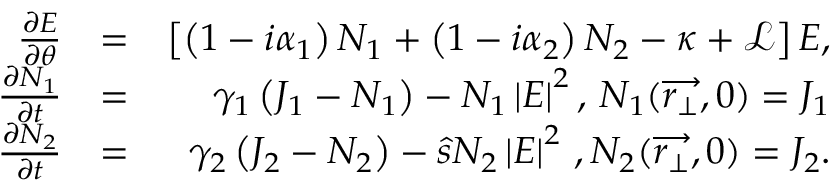
\begin{array} { r l r } { \frac { \partial E } { \partial \theta } } & { = } & { \left[ \left( 1 - i \alpha _ { 1 } \right) N _ { 1 } + \left( 1 - i \alpha _ { 2 } \right) N _ { 2 } - \kappa + \mathcal { L } \right] E , } \\ { \frac { \partial N _ { 1 } } { \partial t } } & { = } & { \gamma _ { 1 } \left( J _ { 1 } - N _ { 1 } \right) - N _ { 1 } \left| E \right| ^ { 2 } , \, N _ { 1 } ( \overrightarrow { r _ { \perp } } , 0 ) = J _ { 1 } } \\ { \frac { \partial N _ { 2 } } { \partial t } } & { = } & { \gamma _ { 2 } \left( J _ { 2 } - N _ { 2 } \right) - \hat { s } N _ { 2 } \left| E \right| ^ { 2 } \, , N _ { 2 } ( \overrightarrow { r _ { \perp } } , 0 ) = J _ { 2 } . } \end{array}